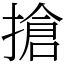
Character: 搶